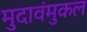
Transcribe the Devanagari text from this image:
मुदावंमुकल